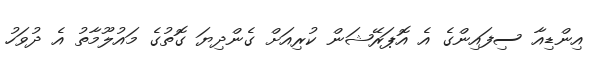
އިންޑިއާ ސިފައިންގެ އެ އޮޕަރޭޝަން ކުރިއަށް ގެންދިޔަ ގޮތުގެ މައުލޫމާތު އެ ދުވަހު